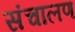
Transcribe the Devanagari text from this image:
संचालण